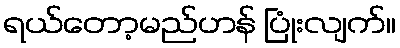
ရယ်တော့မည်ဟန် ပြုံးလျက်။